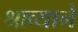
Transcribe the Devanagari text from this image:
श्राव्याने